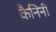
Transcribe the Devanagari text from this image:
कैनिनी